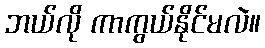
ဘယ်လို ကာကွယ်နိုင်မလဲ။